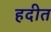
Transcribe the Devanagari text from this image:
हदीत